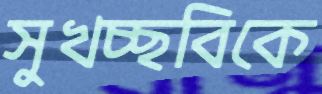
সুখচ্ছবিকে